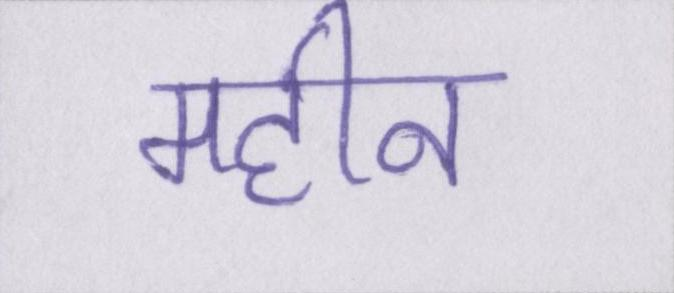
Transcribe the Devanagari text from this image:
महीन